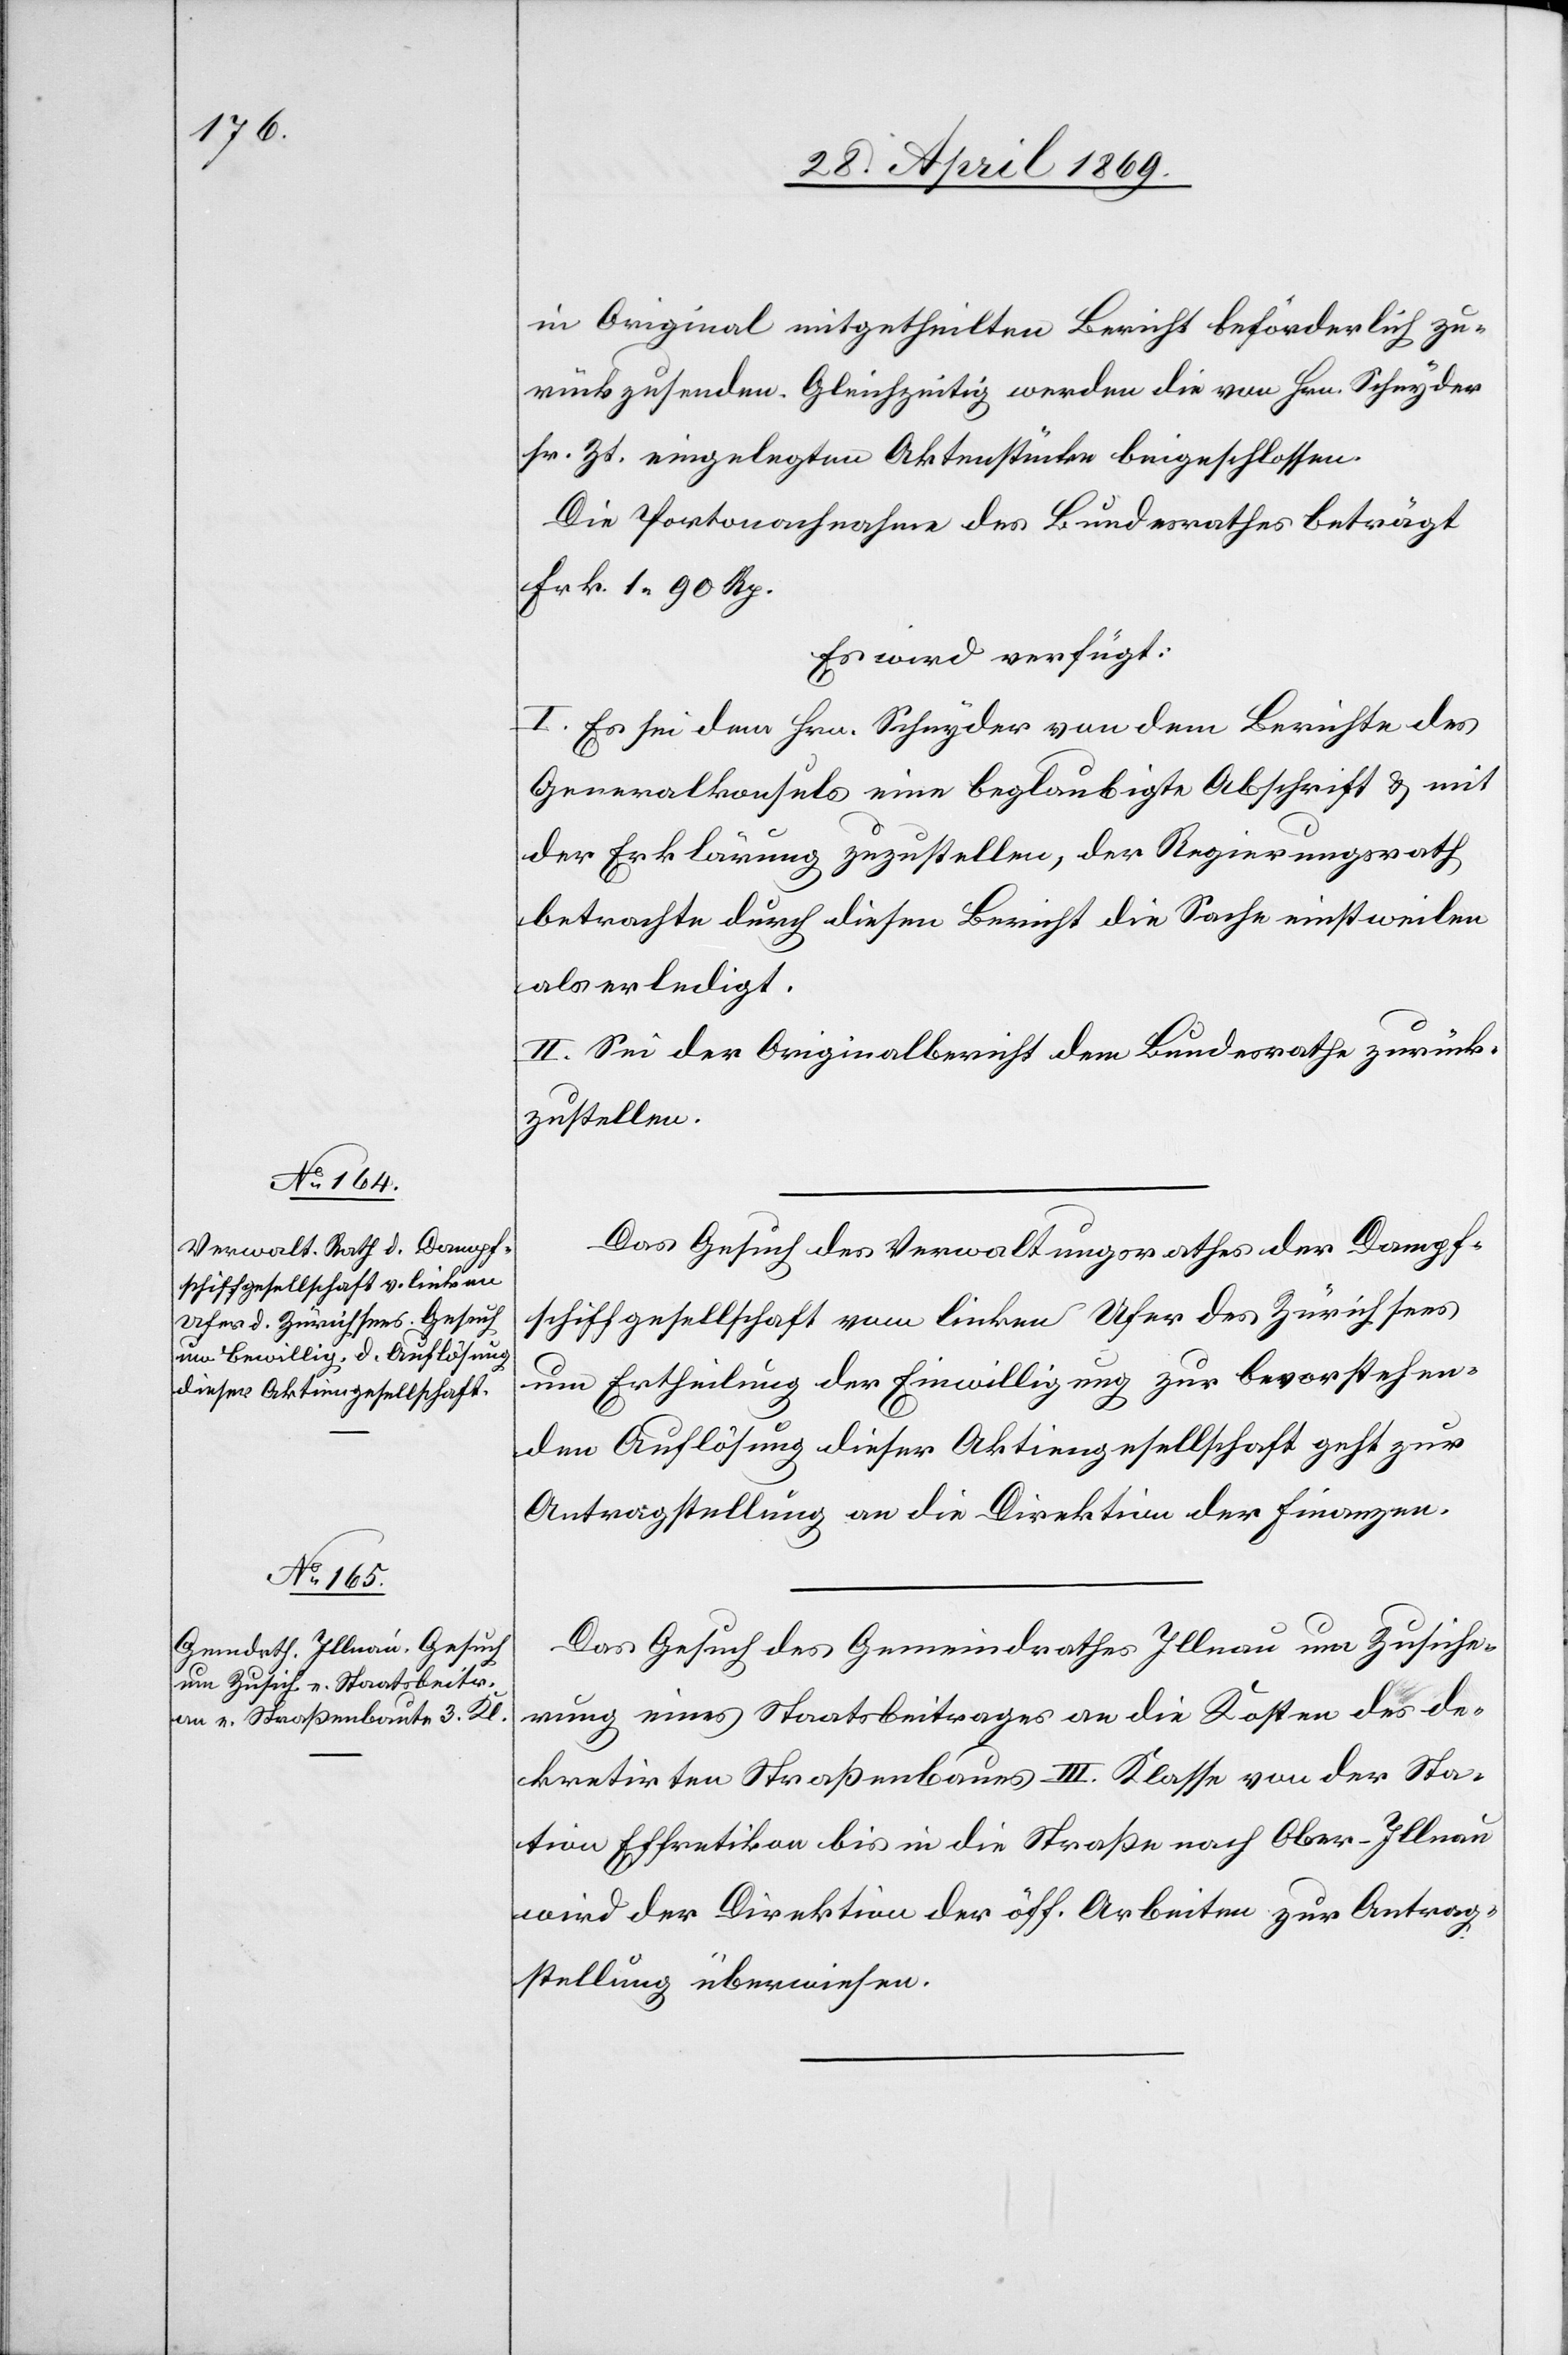
29. April 1869.]
in Original mitgetheilten Bericht beförderlich zu¬
rückzusenden. Gleichzeitig werden die von Hrn. Schnyder
sr. Zt. eingelegten Aktenstücke beigeschlossen.
Die Portonachnahme des Bundesrathes beträgt
Frk. 1.90 Rp.
Es wird verfügt:
I. Es sei dem Hrn. Schnyder von dem Berichte des
Generalkonsuls eine beglaubigte Abschrift u. mit
der Erklärung zuzustellen, der Regierungsrath
betrachte durch diesen Bericht die Sache einstweilen
als erledigt.
II. Sei der Originalbericht dem Bundesrathe zurück¬
zustellen.
Das Gesuch des Verwaltungsrathes der Dampf¬
schiffgesellschaft vom linken Ufer des Zürichsees
um Ertheilung der Einwilligung zur bevorstehen¬
den Auflösung dieser Aktiengesellschaft geht zur
Antragstellung an die Direktion der Finanzen.
Das Gesuch des Gemeindrathes Illnau um Zusiche¬
rung eines Staatsbeitrages an die Kosten des de¬
kretirten Straßenbaues III. Klasse von der Sta¬
tion Effretikon bis an die Straße nach Ober-Illnau
wird der Direktion der öff. Arbeiten zur Antrag¬
stellung überwiesen.